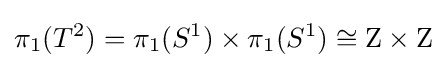
\pi _{1}(T^{2})=\pi _{1}(S^{1})\times \pi _{1}(S^{1})\cong \mathrm {Z} \times \mathrm {Z}